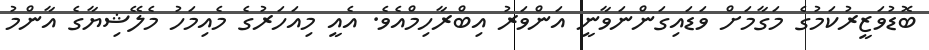
ބޮޑުވަޒީރުކަމުގެ މަގާމަށް ވަޑައިގަންނަވާނީ އަންވަރު އިބްރާހިމްއެވެ. އެއީ މިއަހަރުގެ މެއިމަހު މެލޭޝިޔާގެ އާންމު